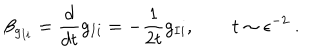
LaTeX: \beta _ { g _ { I i } } = \frac { d } { d t } g _ { I i } = - \frac { 1 } { 2 t } g _ { I i } , \qquad t \sim \epsilon ^ { - 2 } ~ .